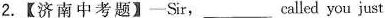
2.【济南中考题】—Sir, ___ called you just